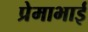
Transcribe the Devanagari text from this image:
प्रेमाभाई